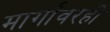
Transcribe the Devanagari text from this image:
मार्गांवरही